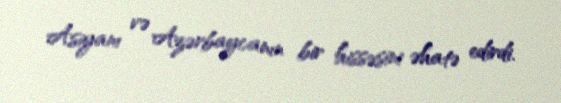
Asiyanı və Azərbaycanın bir hissəsini əhatə edirdi.